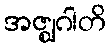
အဇ္ဈဂါတိ